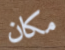
مكان